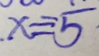
x = - 5